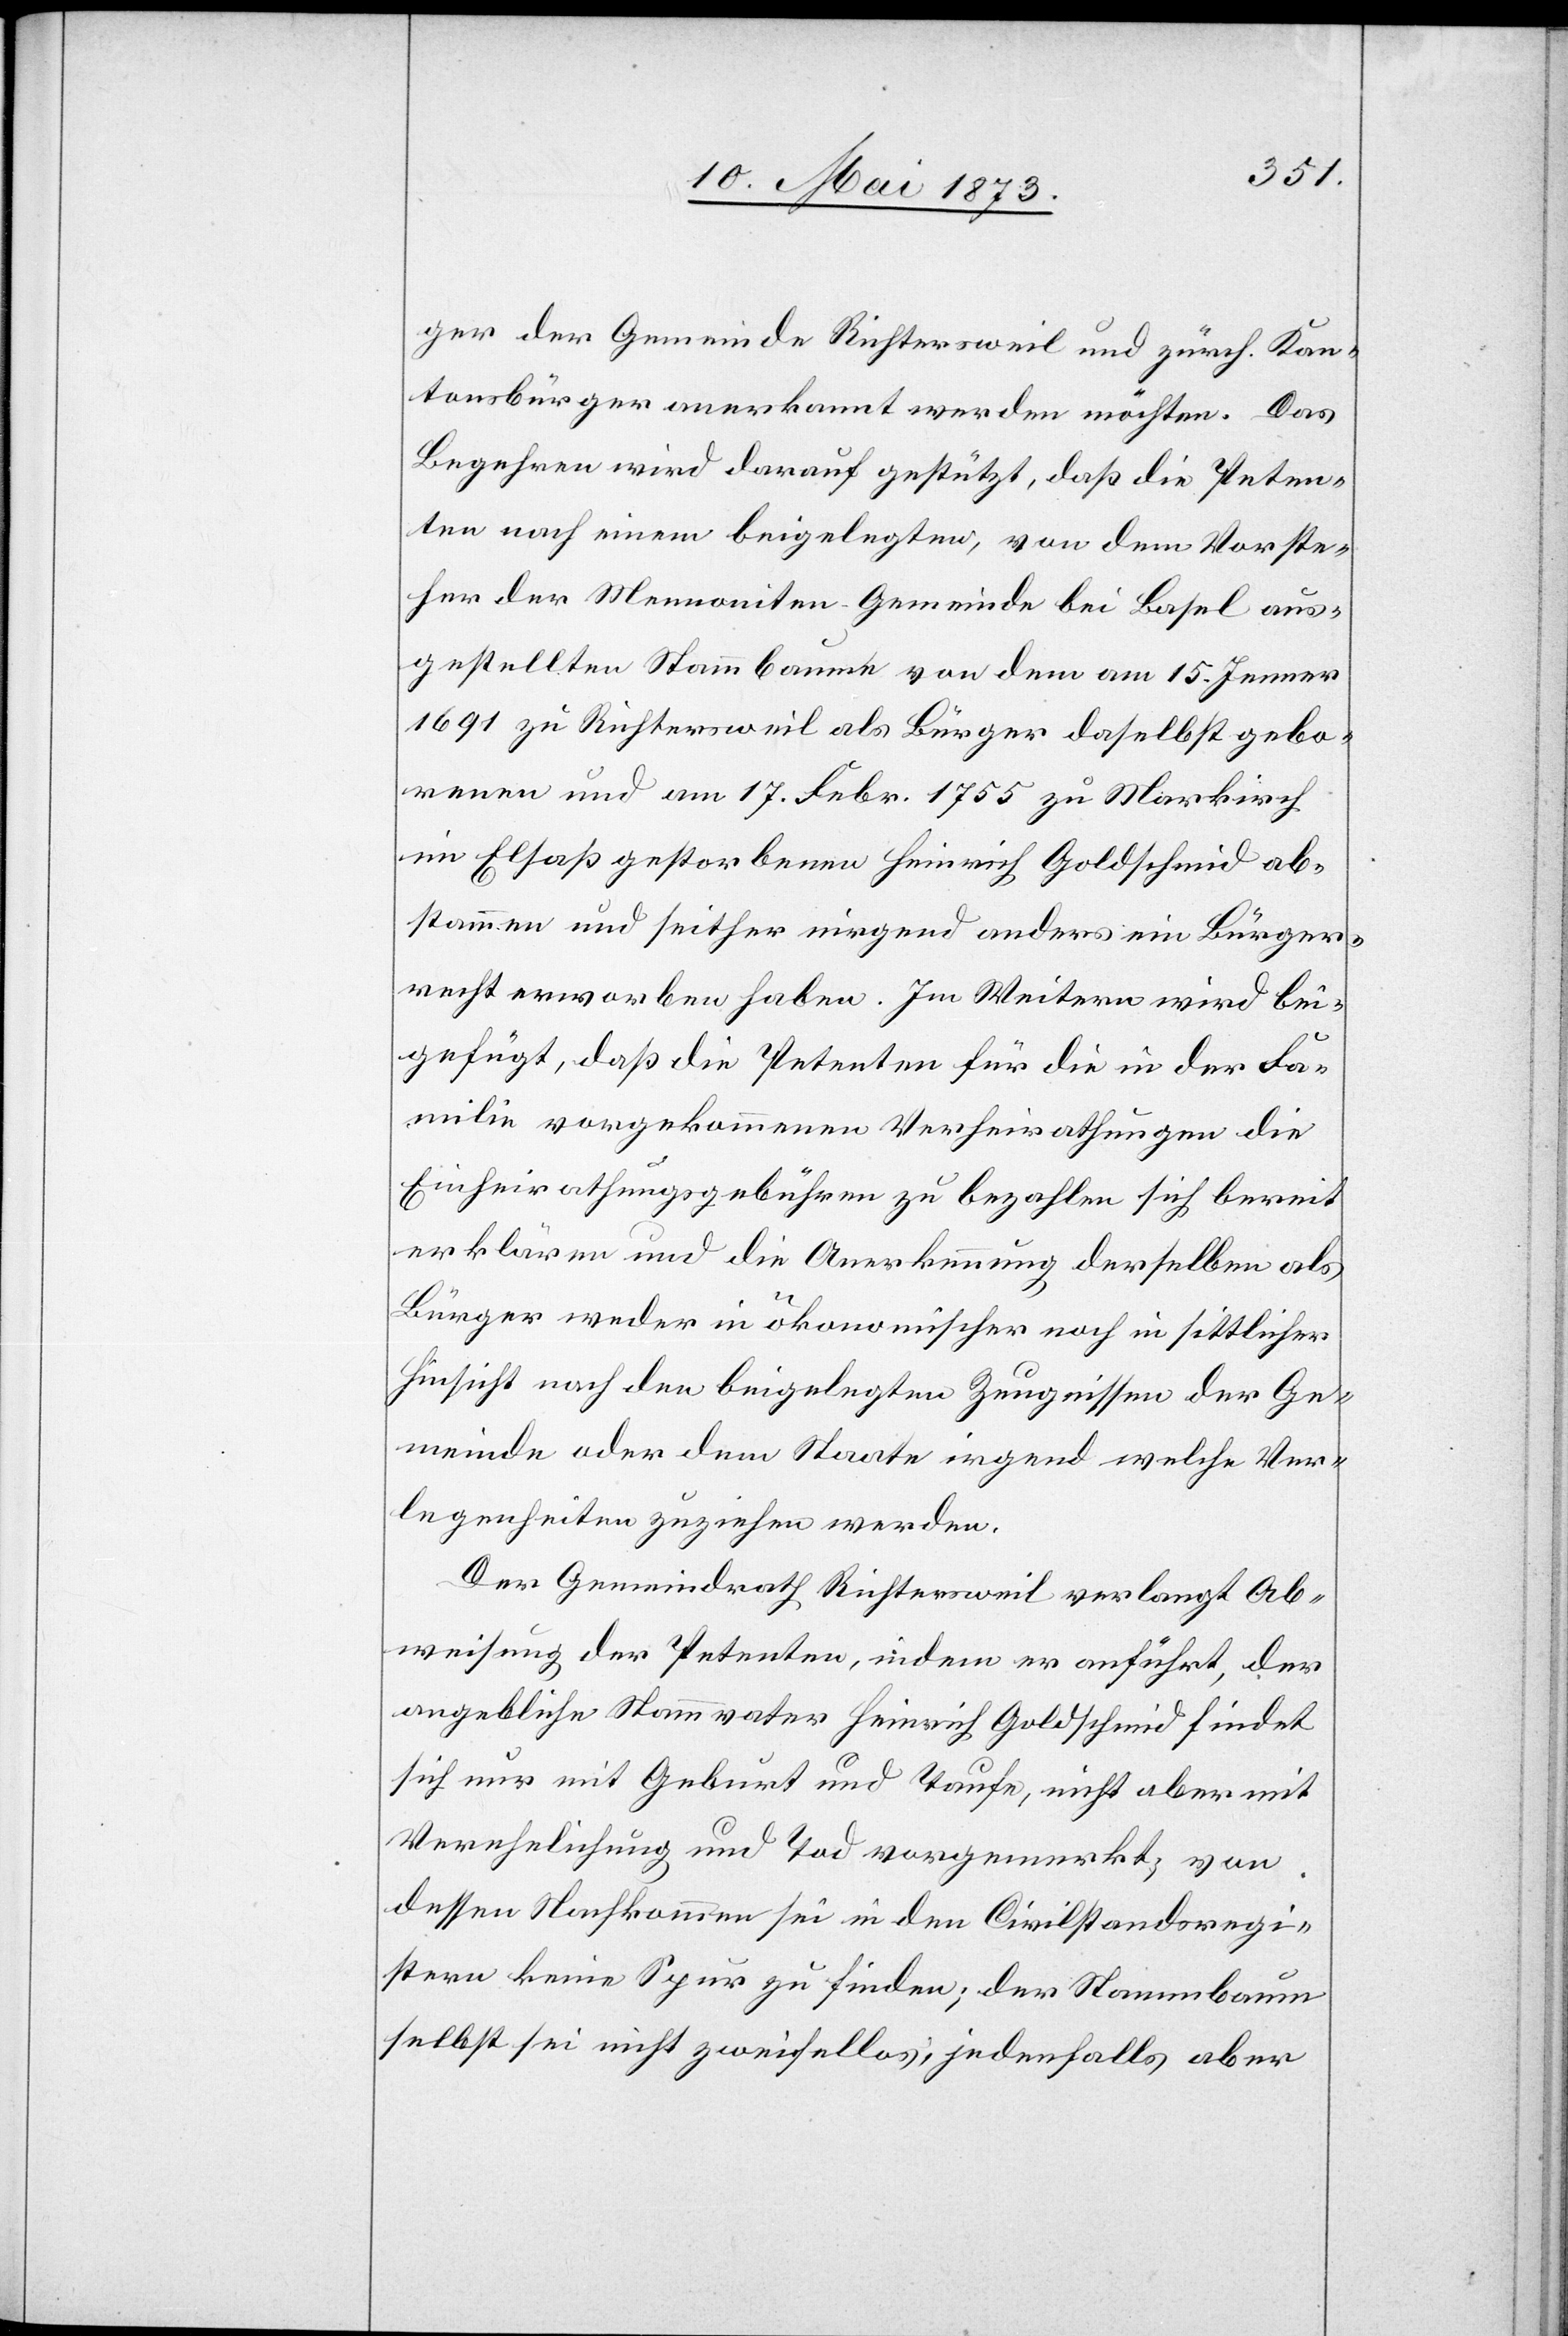
ger der Gemeinde Richtersweil und zürch. Kan¬
tonsbürger anerkannt werden möchten. Das
Begehren wird darauf gestützt, daß die Peten¬
ten nach einem beigelegten, von dem Vorste¬
her der Mennoniten-Gemeinde bei Basel aus¬
gestellten Stammbaume von dem am 15. Jenner
1691 zu Richtersweil als Bürger daselbst gebo¬
renen und am 17. Febr. 1755 zu Markirch
im Elsaß gestorbenen Heinrich Goldschmid ab¬
stammen und seither nirgend anders ein Bürger¬
recht erworben haben. Im Weitern wird bei¬
gefügt, daß die Petenten für die in der Fa¬
milie vorgekommenen Verheirathungen die
Einheirathungsgebühren zu bezahlen sich bereit
erklären und die Anerkennung derselben als
Bürger weder in ökonomischer noch in sittlicher
Hinsicht nach den beigelegten Zeugnissen der Ge¬
meinde oder dem Staate irgend welche Ver¬
legenheiten zuziehen werden.
Der Gemeindrath Richtersweil verlangt Ab¬
weisung der Petenten, indem er ausführt, der
angebliche Stammvater Heinrich Goldschmid findet
sich nur mit Geburt und Taufe, nicht aber mit
Verehelichung und Tod vorgemerkt; von
dessen Nachkommen sei in den Civilstandsregi¬
stern keine Spur zu finden; der Stammbaum
selbst sei nicht zweifellos; jedenfalls aber